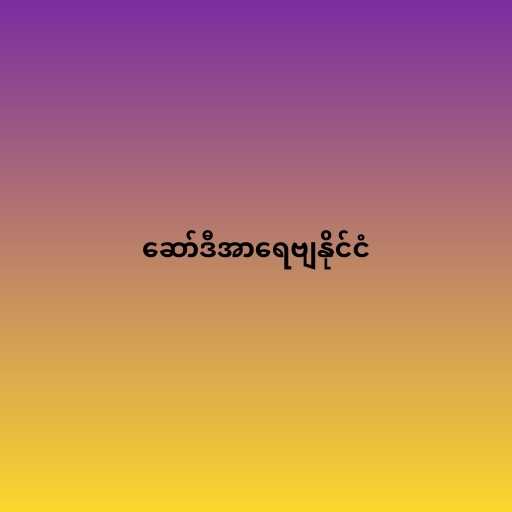
ဆော်ဒီအာရေဗျနိုင်ငံ